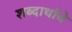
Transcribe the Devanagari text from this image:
शब्दार्थाचे